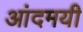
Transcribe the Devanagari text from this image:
आंदमयी